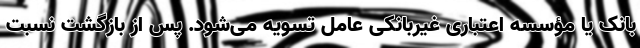
بانک یا مؤسسه اعتباری غیربانکی عامل تسویه می‌شود. پس از بازگشت نسبت